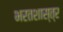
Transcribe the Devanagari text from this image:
भरतशास्त्र